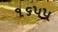
૧૬૫૫